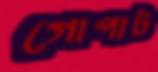
গোপাট